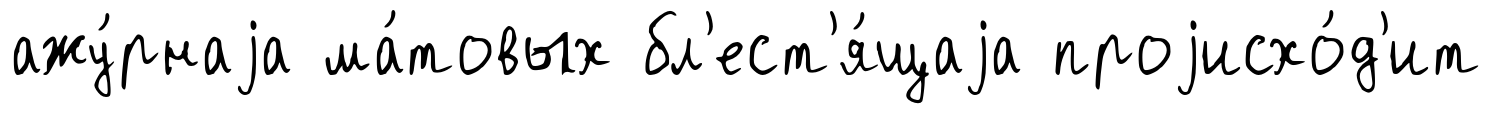
ажу́рнаjа ма́товых бл'ест'я́щаjа проjисхо́д'ит